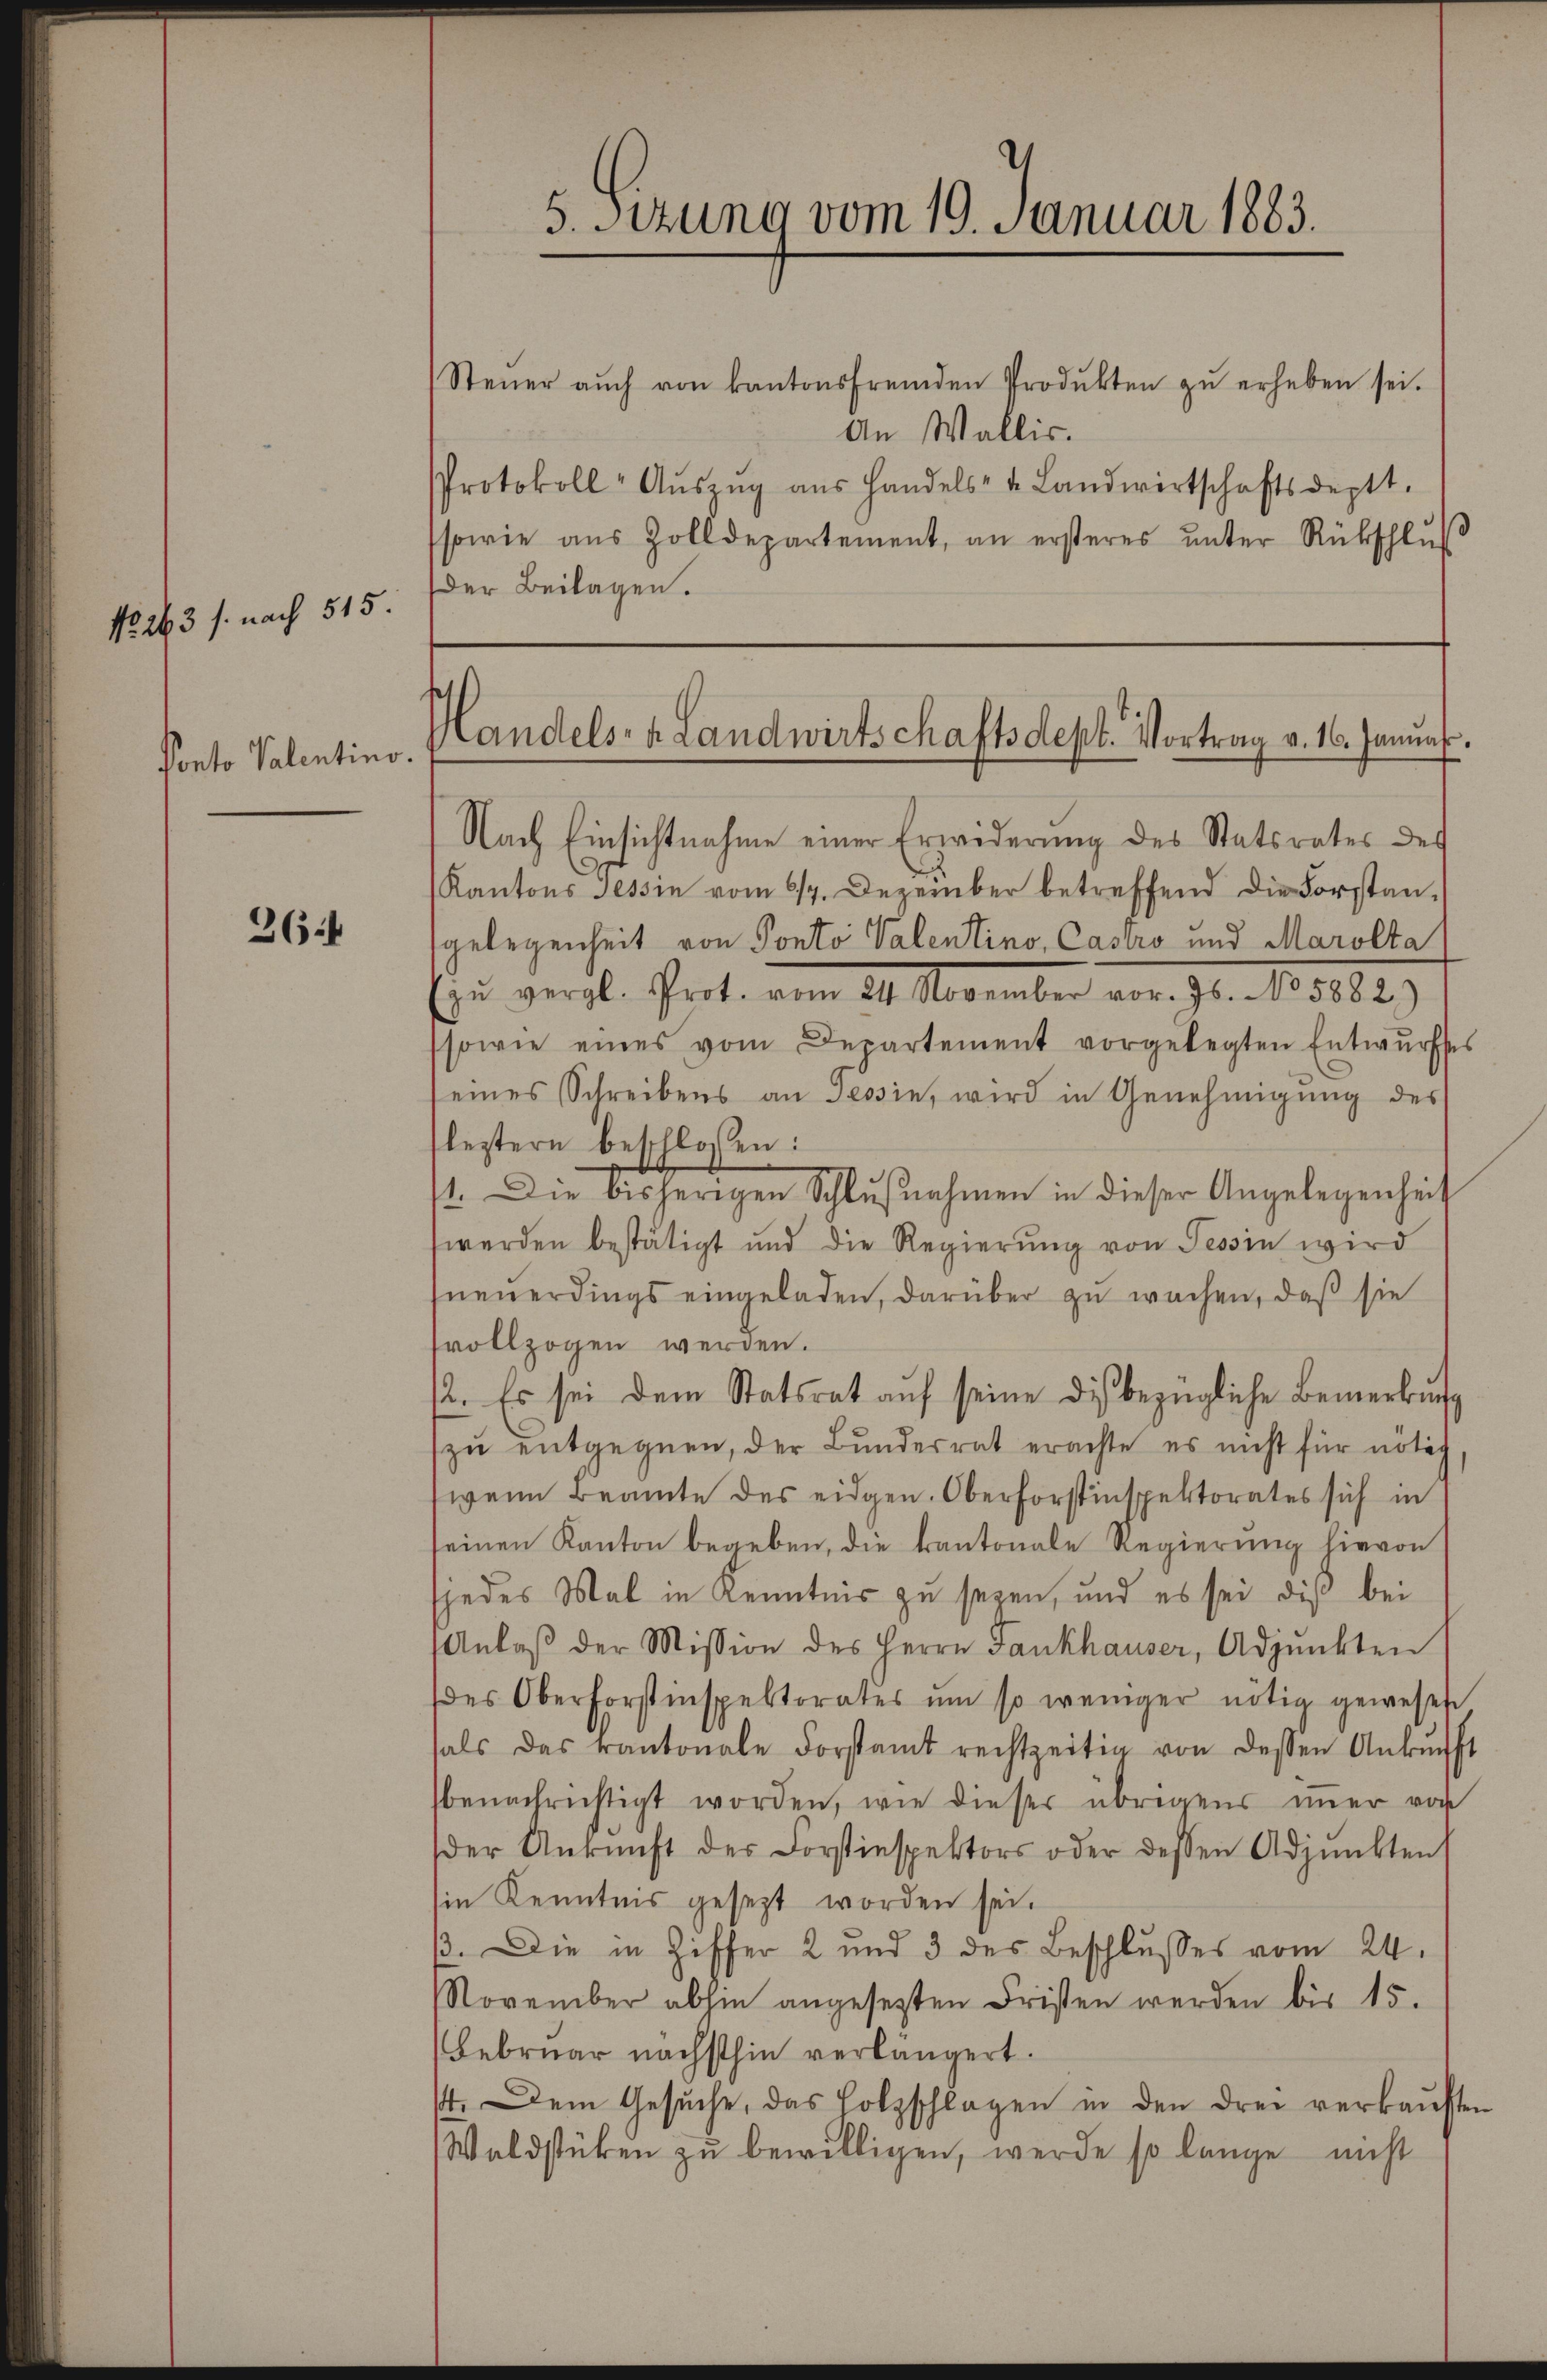
No. 263 s. nach 515.

Ponto Valentino

364

Steŭer aŭch von kantonsfremden Produkten zŭ erheben sei.
An Wallis.
Protokoll- Aŭszŭg aŭs Handels- u. Landwirtschaftsdeptt.
sowie aus Zolldepartement, an ersteres ŭnter Rückschlŭs
Der Beilagen.

5. Sitzung vom 19. Januar 1883.

Handels- u Landwirtschaftsdept. Vortrag v. 16. Januar.

Nach Einsichtnahme einer Erwiderung des Statsrates des
Kantons Tessin vom 617. Dezember betreffend die Forstangelegenheit von Ponto Valentino, Castro und Marolta
Ein vergl. Prot. vom 24. November vor. Js. No. 5882)
sowie eines vom Departement vorgelegten Entwŭrfes
eines Schreibens an Tessin, wird in Genehmigŭng des
leztern beschlossen:
1. Die bisherigen Schlŭβnahmen in dieser Angelegenheit
werden bestätigt und die Regierŭng von Tessin wird
neuerdings eingeladen, darüber zu wachen, daß sie
fvollzogen werden.
12. Es sei dem Statsrat aŭf seine dis bezügliche Bemerkŭng
zu entgegnen, der Bunderrat erachte es nicht für nötig
wann Beamte des eidgen. Oberforstinspektorates sich in
seinen Kanton begeben, die kantonale Regierung hievon
jedes Mal in Kenntnis zu seyen, und es sei dis bei
Anlaβ der Mission des Herrn Fankhauser, Adjunkten
des Oberforstinspektorates um so weniger nötig gewesen
tals das kantonale Forstamt rechtzeitig von dessen Ankunft
benachrichtigt worden, wie dieser übrigens immer vor
der Ankunft der Forstinspektors oder dessen Adjunkten
sie Kenntnis gesezt worden sei.
ß. Die in Ziffer 2 und 3 des Beschlusses vom 24.
NNovember abhin angesetzten Fristen werden bis 15.
Februar nächsthin verlängert.
14. Dem Gesŭche, das Holzschlagen in den drei verkaŭften
Waldstücken zu bewilligen, werde so lange nicht